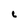
Character: C